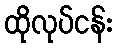
ထိုလုပ်ငန်း